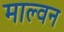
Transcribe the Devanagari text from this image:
माल्वन